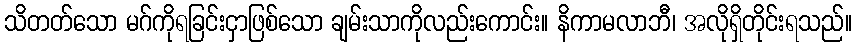
သိတတ်သော မဂ်ကိုရခြင်းငှာဖြစ်သော ချမ်းသာကိုလည်းကောင်း။ နိကာမလာဘီ၊ အလိုရှိတိုင်းရသည်။